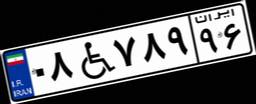
۵۴W۴۰۷۴۰